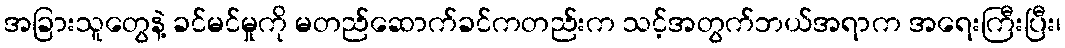
အခြားသူတွေနဲ့ ခင်မင်မှုကို မတည်ဆောက်ခင်ကတည်းက သင့်အတွက်ဘယ်အရာက အရေးကြီးပြီး၊